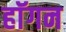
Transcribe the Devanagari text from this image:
हाॅगन